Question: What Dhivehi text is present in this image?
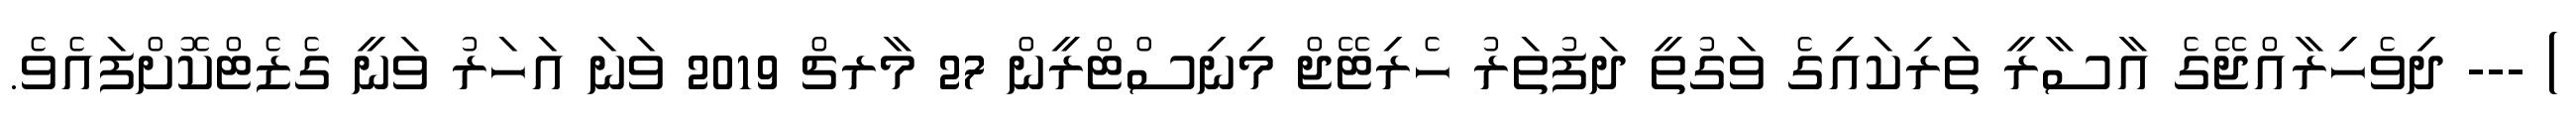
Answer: ) --- ދިވެހިރާއްޖޭގެ އާސާރީ ތަރިކައިގެ ވަގުތީ ދަފުތަރު ހެރިޓޭޖް މިނިސްޓްރީން 27 މާރޗް 2019 ވަނަ އަހަރު ވަނީ ގެޒެޓްކޮށްފައެވެ.